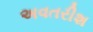
અવતરીશ